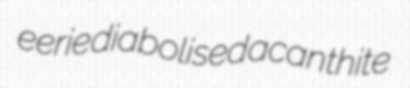
eerie diabolised acanthite